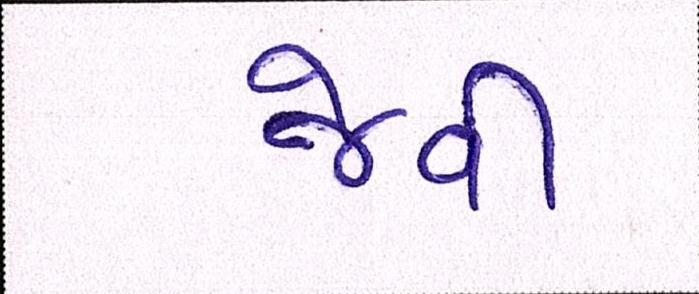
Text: જેવી